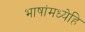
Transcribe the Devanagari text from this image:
भाषांमध्येहि